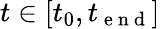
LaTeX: t\in[t_{0},t_{\mathrm{~e~n~d~}}]